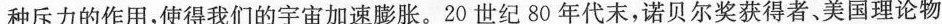
种斥力的作用，使得我们的宇宙加速膨胀。20世纪80年代末，诺贝尔奖获得者、美国理论物